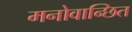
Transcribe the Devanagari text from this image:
मनोवान्छित